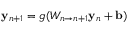
\mathbf { y } _ { n + 1 } = g ( W _ { n \rightarrow n + 1 } \mathbf { y } _ { n } + \mathbf { b } )